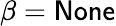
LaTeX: \beta=\mathsf{None}